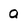
Character: a